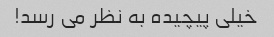
خیلی پیچیده به نظر می رسد!